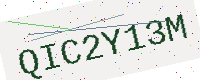
Text: QIC2Y13M